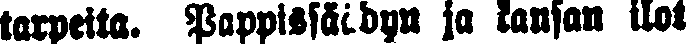
tarpeita. Pappissäädyn ja kansan ilot